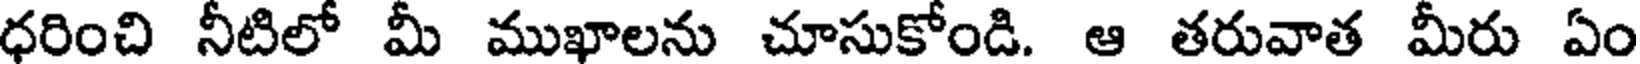
ధరించి నీటిలో మీ ముఖాలను చూసుకోండి. ఆ తరువాత మీరు ఏం